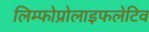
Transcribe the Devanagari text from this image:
लिम्फोप्रोलाइफलेटिव